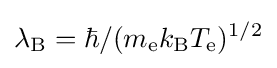
\lambda _{\text{B}}=\hbar /(m_{\text{e}}k_{\text{B}}T_{\text{e}})^{1/2}